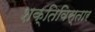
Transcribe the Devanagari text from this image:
शक्तिविस्तार